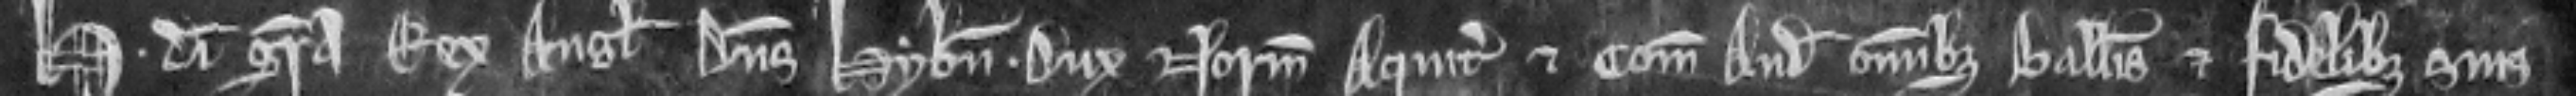
Henricus dei gracia Rex Anglie Dominus Hybernie. Dux Normannie et Aquitanie et Comes Andegavie omnibus ballivis et fidelibus suis